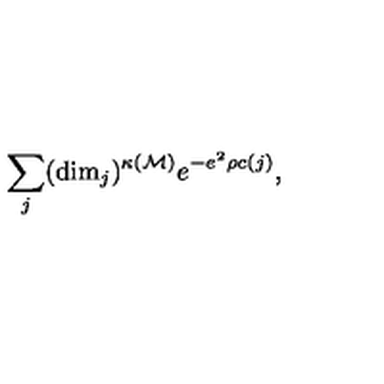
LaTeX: \sum _ { j } ( \mathrm { d i m } _ { j } ) ^ { \kappa ( \cal M ) } e ^ { - e ^ { 2 } \rho c ( j ) } ,